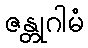
ဇန္တုဂါမံ